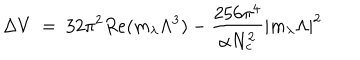
LaTeX: \Delta V ~ = ~ 3 2 \pi ^ { 2 } R e ( m _ { \lambda } \Lambda ^ { 3 } ) - { \frac { 2 5 6 \pi ^ { 4 } } { \alpha N _ { c } ^ { 2 } } } | m _ { \lambda } \Lambda | ^ { 2 }